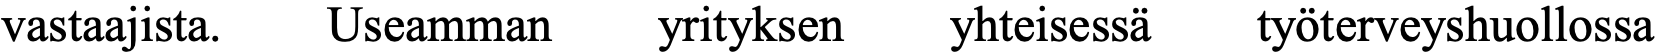
vastaajista. Useamman yrityksen yhteisessä työterveyshuollossa